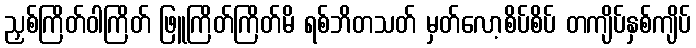
ညှစ်ကြိတ်ဝါကြိတ် ဖြူကြိတ်ကြိတ်မိ ရစ်ဘိတသတ် မှတ်လော့စိပ်စိပ် တကျိပ်နှစ်ကျိပ်